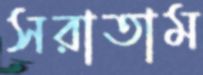
সরাতাম